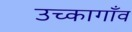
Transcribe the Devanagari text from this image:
उच्कागाँव